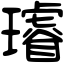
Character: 𤪻